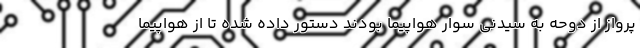
پرواز از دوحه به سیدنی سوار هواپیما بودند دستور داده شده تا از هواپیما